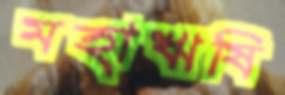
মহাঋষি